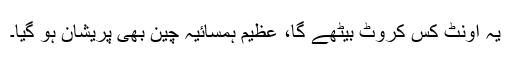
یہ اونٹ کس کروٹ بیٹھے گا، عظیم ہمسائیہ چین بھی پریشان ہو گیا۔